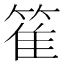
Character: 𥯄